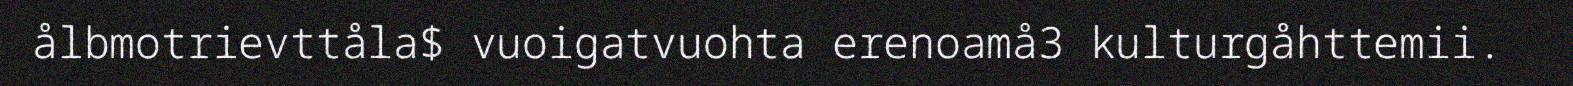
ålbmotrievttåla$ vuoigatvuohta erenoamå3 kulturgåhttemii.